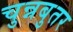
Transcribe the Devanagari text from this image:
चुन्नबुतर